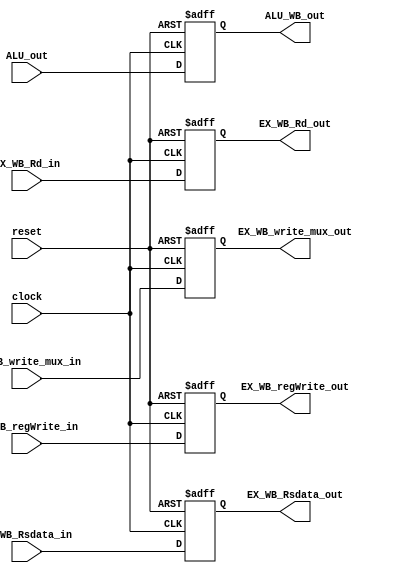
module EX_WB(input clock,input reset,
  input [7:0] ALU_out,
  input [7:0] EX_WB_Rsdata_in,
  input [2:0] EX_WB_Rd_in,
  input EX_WB_write_mux_in,EX_WB_regWrite_in, 
  output reg [7:0] ALU_WB_out,
  output reg [7:0] EX_WB_Rsdata_out,
  output reg [2:0] EX_WB_Rd_out,
  output reg EX_WB_write_mux_out,EX_WB_regWrite_out);
  
  
  
  
  always@(posedge clock,negedge reset)
  begin
    if(reset==0)
      begin
        {EX_WB_write_mux_out,EX_WB_regWrite_out} <= 2'b0;
        {ALU_WB_out,EX_WB_Rsdata_out,EX_WB_Rd_out} <= 19'b0;
      end
    else
      begin
        {EX_WB_write_mux_out,EX_WB_regWrite_out} <= {EX_WB_write_mux_in,EX_WB_regWrite_in};
        {ALU_WB_out,EX_WB_Rsdata_out,EX_WB_Rd_out} <= {ALU_out,EX_WB_Rsdata_in,EX_WB_Rd_in};
      end
  end
endmodule